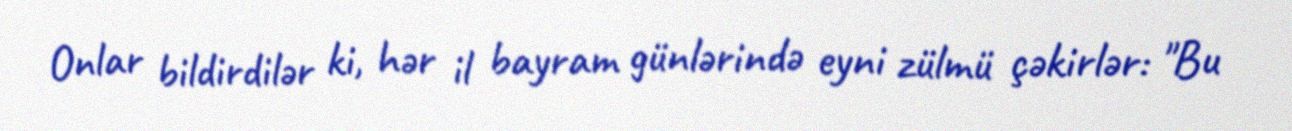
Onlar bildirdilər ki, hər il bayram günlərində eyni zülmü çəkirlər: "Bu